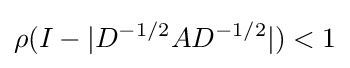
\rho (I-|D^{-1/2}AD^{-1/2}|)<1